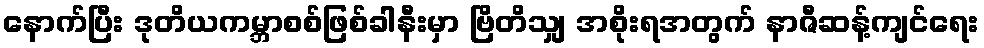
နောက်ပြီး ဒုတိယကမ္ဘာစစ်ဖြစ်ခါနီးမှာ ဗြိတိသျှ အစိုးရအတွက် နာဇီဆန့်ကျင်ရေး